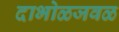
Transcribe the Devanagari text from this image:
दाभोळजवळ